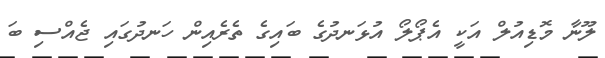
ލޫނާ މޮޑިއުލް އަކީ އެޕޯލޯ އުޅަނދުގެ ބައިގެ ތެރެއިން ހަނދުގައި ޖެއްސި ބަ